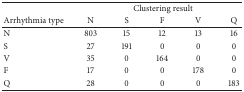
<table><thead><tr><td><b> </b></td><td colspan="5"><b>Clustering result</b></td></tr><tr><td><b>Arrhythmia type</b></td><td><b>N</b></td><td><b>S</b></td><td><b>F</b></td><td><b>V</b></td><td><b>Q</b></td></tr></thead><tbody><tr><td>N</td><td>803</td><td>15</td><td>12</td><td>13</td><td>16</td></tr><tr><td>S</td><td>27</td><td>191</td><td>0</td><td>0</td><td>0</td></tr><tr><td>V</td><td>35</td><td>0</td><td>164</td><td>0</td><td>0</td></tr><tr><td>F</td><td>17</td><td>0</td><td>0</td><td>178</td><td>0</td></tr><tr><td>Q</td><td>28</td><td>0</td><td>0</td><td>0</td><td>183</td></tr></tbody></table>